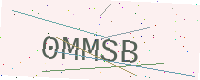
Text: 0MMSB